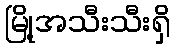
မြို့အသီးသီးရှိ